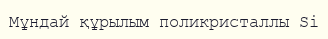
Мұндай құрылым поликристаллы Si